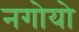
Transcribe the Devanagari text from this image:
नगोयो